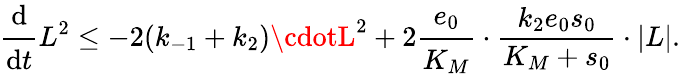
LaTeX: \cfrac{\mathrm{d}}{\mathrm{d}t}L^{2}\leq-2(k_{-1}+k_{2})\cdotL^{2}+2\cfrac{e_{0}}{K_{M}}\cdot\frac{{k_{2}e_{0}s_{0}}}{{K_{M}+s_{0}}}\cdot|L|.